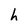
Character: h